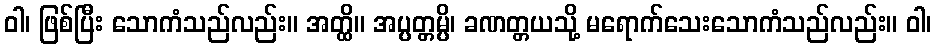
ဝါ၊ ဖြစ်ပြီး သောကံသည်လည်း။ အတ္ထိ။ အပ္ပတ္တမ္ပိ၊ ခဏတ္တယသို့ မရောက်သေးသောကံသည်လည်း။ ဝါ၊